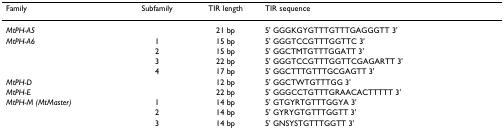
| Family | Subfamily | TIR length | TIR sequence |
 | --- | --- | --- | --- |
 | <COLSPAN=2> MtPH-A5 | 21 bp | 5' GGGKGYGTTTGTTTGAGGGTT 3' |
 | MtPH-A6 | 1 | 15 bp | 5' GGGTCCGTTTGGTTC 3' |
 |  | 2 | 15 bp | 5' GGCTMTGTTTGGATT 3' |
 |  | 3 | 22 bp | 5' GGGTCCGTTTGGTTCGAGARTT 3' |
 |  | 4 | 17 bp | 5' GGCTTTGTTTGCGAGTT 3' |
 | <COLSPAN=2> MtPH-D | 12 bp | 5' GGCTWTGTTTGG 3' |
 | <COLSPAN=2> MtPH-E | 22 bp | 5' GGGCCTGTTTGRAACACTTTTT 3' |
 | MtPH-M (MtMaster) | 1 | 14 bp | 5' GTGYRTGTTTGGYA 3' |
 |  | 2 | 14 bp | 5' GYRYGTGTTTGGTT 3' |
 |  | 3 | 14 bp | 5' GNSYSTGTTTGGTT 3' |